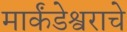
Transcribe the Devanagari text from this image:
मार्कंडेश्वराचे